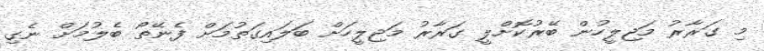
މި ގަރާރު މަޖިލީހުން ބޭރުކޮށްލީ ގަރާރު މަޖިލީހަށް ބަލައިގަތުމަށް ފެނޭތޯ ބެލުމަށް ނެގި